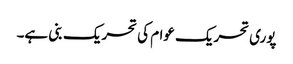
پوری تحریک عوام کی تحریک بنی ہے۔